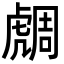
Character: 𧇟